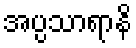
အပ္ပသာရာနိ